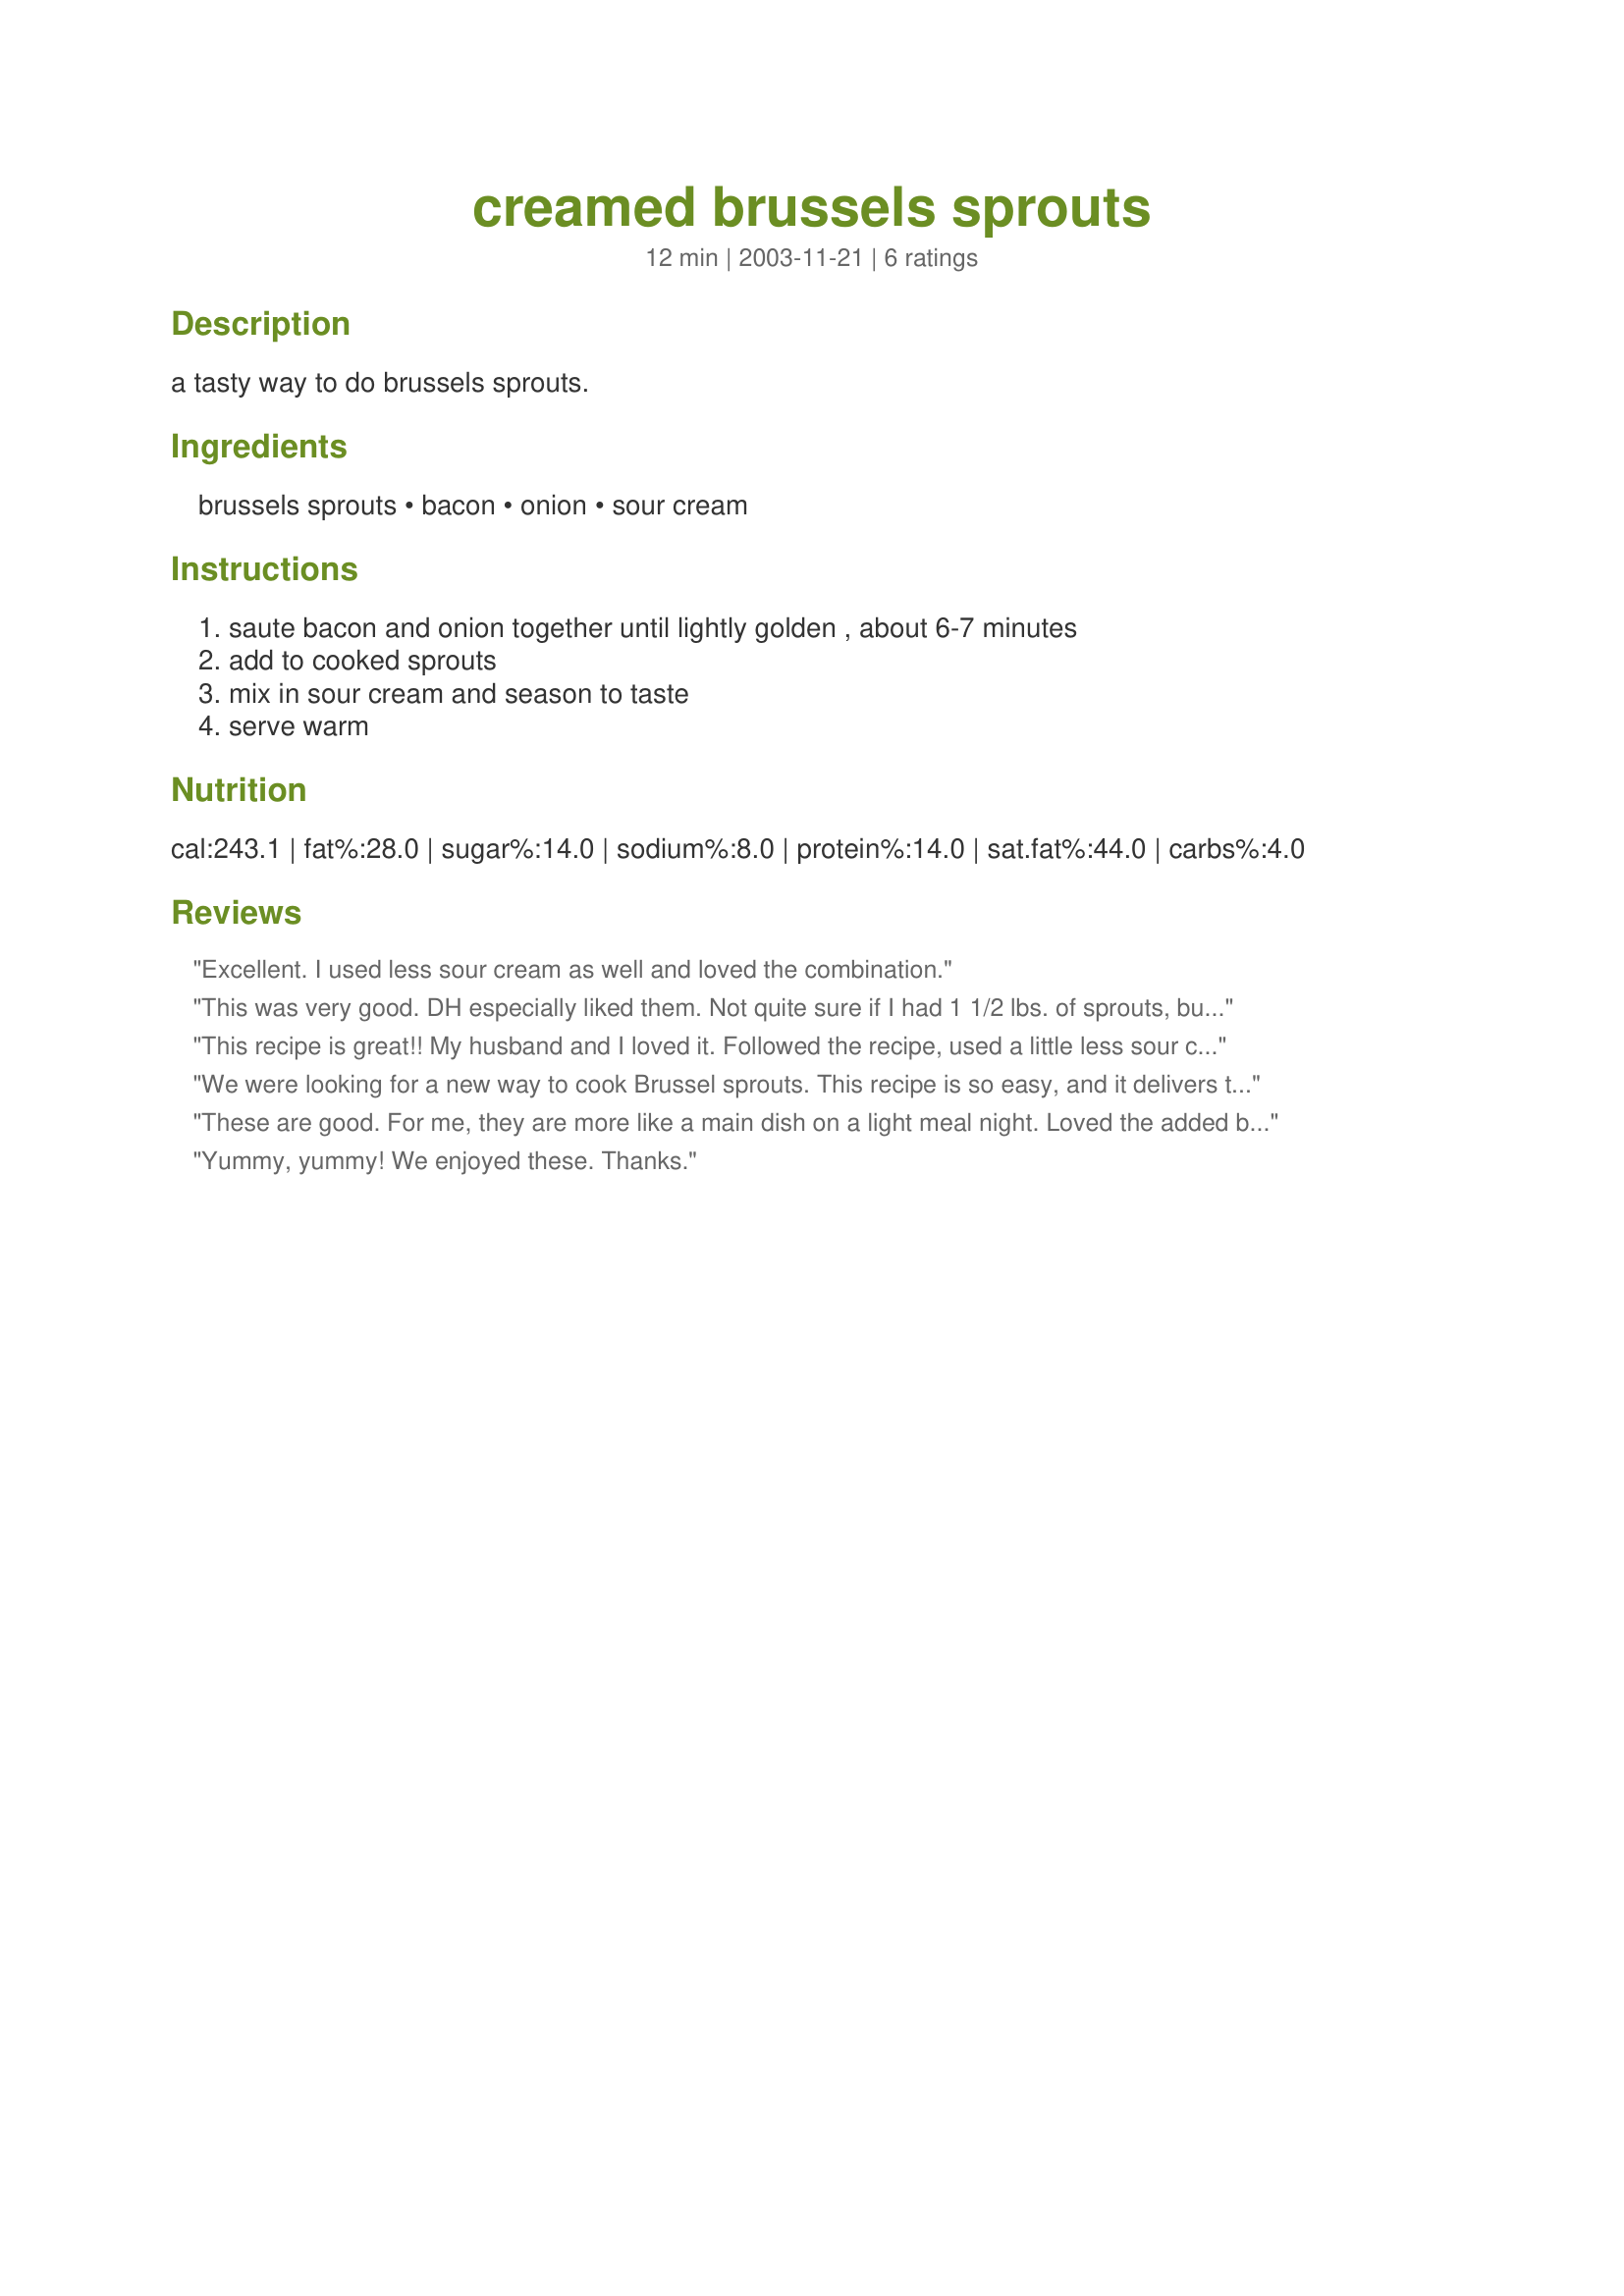
creamed brussels sprouts
Preparation time: 12 minutes

a tasty way to do brussels sprouts.

Ingredients:
brussels sprouts, bacon, onion, sour cream

Steps:
saute bacon and onion together until lightly golden , about 6-7 minutes, add to cooked sprouts, mix in sour cream and season to taste, serve warm

Reviews:
Excellent. I used less sour cream as well and loved the combination.
This was very good. DH especially liked them. Not quite sure if I had 1 1/2 lbs. of sprouts, but I cut back on the sour cream as other reviewers suggested. Probably used half a cup and that amount worked well.
This recipe is great!! My husband and I loved it. Followed the recipe, used a little less sour cream. A very nice change from the usual brussel sprouts and butter.
We were looking for a new way to cook Brussel sprouts. This recipe is so easy, and it delivers the flavor. I prepared it according to your directions. We really were fond of the sour cream. Very unusual, and very tasty. Thanks, Evelyn for posting this keeper.
These are good. For me, they are more like a main dish on a light meal night. Loved the added bacon. Next time I will use less sour cream, although I like what the sour cream does for the dish.
Yummy, yummy! We enjoyed these. Thanks.
